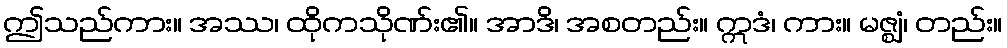
ဤသည်ကား။ အဿ၊ ထိုကသိုဏ်း၏။ အာဒိ၊ အစတည်း။ ဣဒံ၊ ကား။ မဇ္ဈံ၊ တည်း။